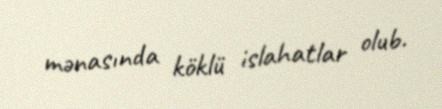
mənasında köklü islahatlar olub.